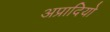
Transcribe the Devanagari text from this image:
अप्रादियो